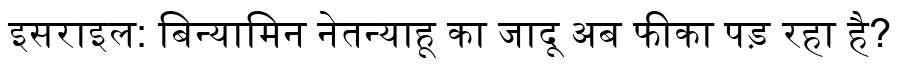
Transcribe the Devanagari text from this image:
इसराइल: बिन्यामिन नेतन्याहू का जादू अब फीका पड़ रहा है?